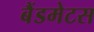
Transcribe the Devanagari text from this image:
बैंडमेटस